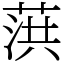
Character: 葓